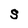
Character: S